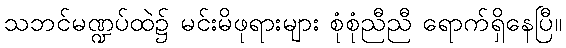
သဘင်မဏ္ဍပ်ထဲ၌ မင်းမိဖုရားများ စုံစုံညီညီ ရောက်ရှိနေပြီ။